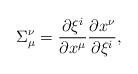
LaTeX: \begin{align*}\Sigma_\mu^\nu={\partial \xi^i\over\partial x^\mu}{\partial x^\nu\over\partial\xi^i},\end{align*}